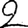
Digit: 2